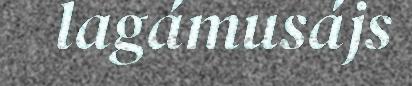
lagámusájs